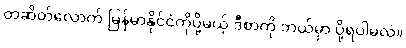
တဆိတ်လောက် မြန်မာနိုင်ငံကိုပို့မယ့် ဒီစာကို ဘယ်မှာ ပို့ရပါမလဲ။